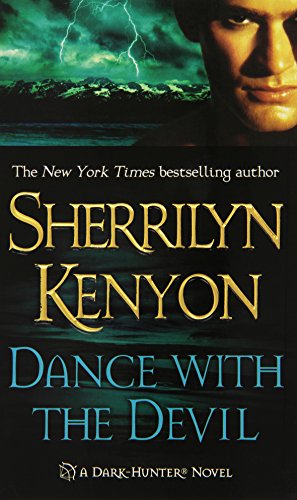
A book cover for Dance with the Devil (Dark-Hunter, Book 4); Sherrilyn Kenyon; Romance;